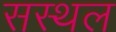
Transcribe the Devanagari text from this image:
सस्थल